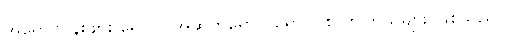
အူရောင်ငန်းဖျား ရောဂါ၊ အဆုတ်ရောင် ရောဂါ စွဲလာကြသူများ ဖြစ်သည်။